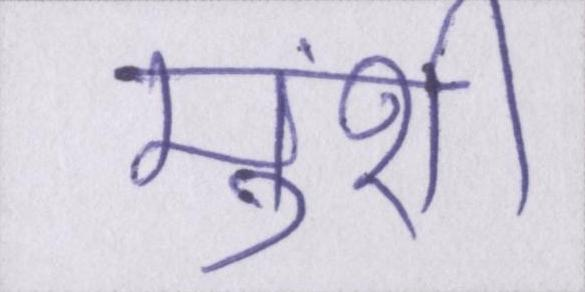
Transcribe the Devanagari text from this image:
मुंशी